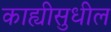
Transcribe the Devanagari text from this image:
काह्यीसुधील